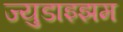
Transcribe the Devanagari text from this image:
ज्युडाइझम